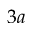
3 a